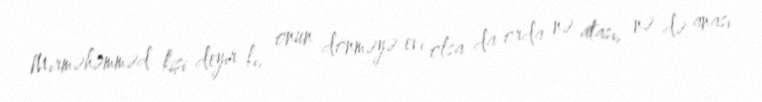
Mirməhəmməd kişi deyir ki, onun dönməyə evi olsa da orda nə atası, nə də anası